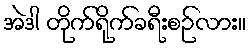
အဲဒါ တိုက်ရိုက်ခရီးစဉ်လား။